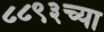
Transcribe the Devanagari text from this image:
८८९३च्या